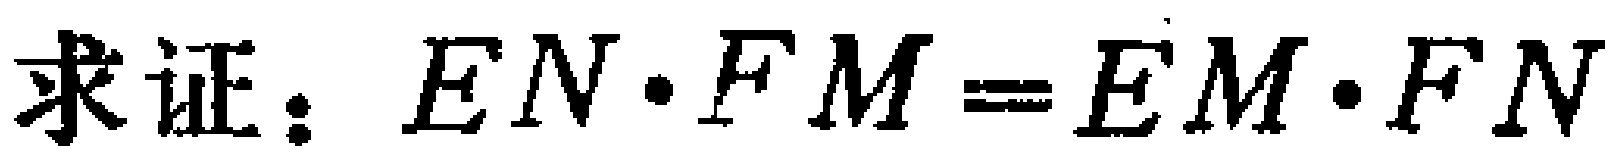
求证：$EN\cdot FM = EM\cdot FN$